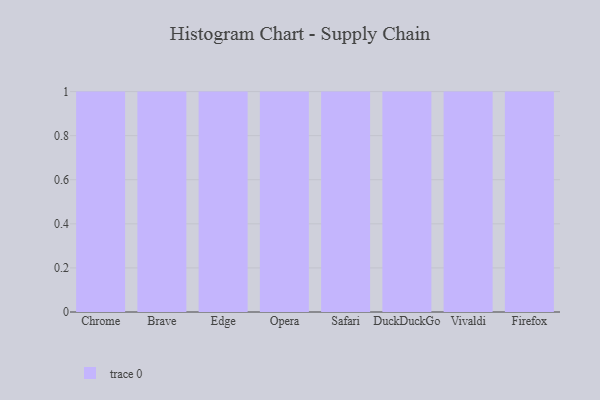
{"axis": {"x": "Browser", "y": "LTV (USD)"}, "legend": [""], "data": [{"x": "Chrome", "y": 8, "type": ""}, {"x": "Brave", "y": 65, "type": ""}, {"x": "Edge", "y": 94, "type": ""}, {"x": "Opera", "y": 45, "type": ""}, {"x": "Safari", "y": 20, "type": ""}, {"x": "DuckDuckGo", "y": 12, "type": ""}, {"x": "Vivaldi", "y": 69, "type": ""}, {"x": "Firefox", "y": 97, "type": ""}]}